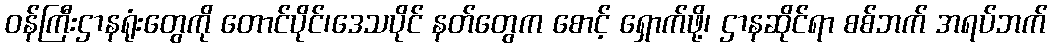
ဝန်ကြီးဌာနရုံးတွေကို တောင်ပိုင်၊ဒေသပိုင် နတ်တွေက စောင့် ရှောက်ဖို့၊ ဌာနဆိုင်ရာ စစ်ဘက် အရပ်ဘက်